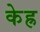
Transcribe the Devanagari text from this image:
केह्र